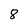
Character: 8